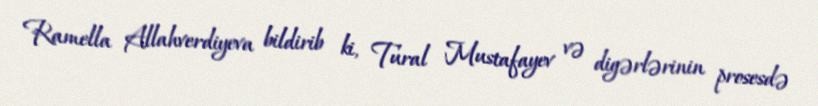
Ramella Allahverdiyeva bildirib ki, Tural Mustafayev və digərlərinin prosesdə